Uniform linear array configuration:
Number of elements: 8
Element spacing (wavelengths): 0.25
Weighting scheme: exponential
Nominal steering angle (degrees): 15
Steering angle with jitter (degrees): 16.405
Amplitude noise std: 0.05
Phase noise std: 0.05

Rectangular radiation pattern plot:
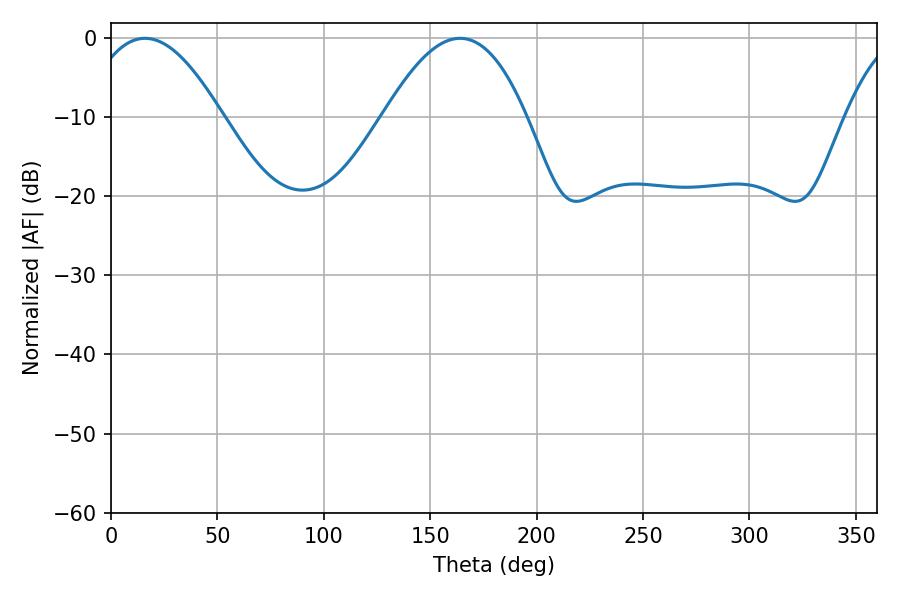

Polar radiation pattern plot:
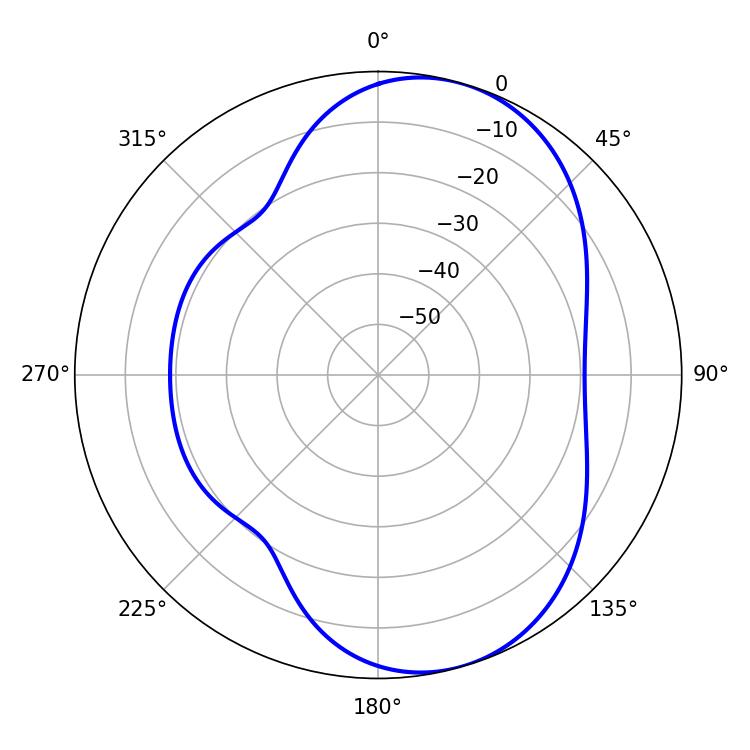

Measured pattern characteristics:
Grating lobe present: FALSE
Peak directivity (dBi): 7.009
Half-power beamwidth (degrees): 35.1
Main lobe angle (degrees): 16.02